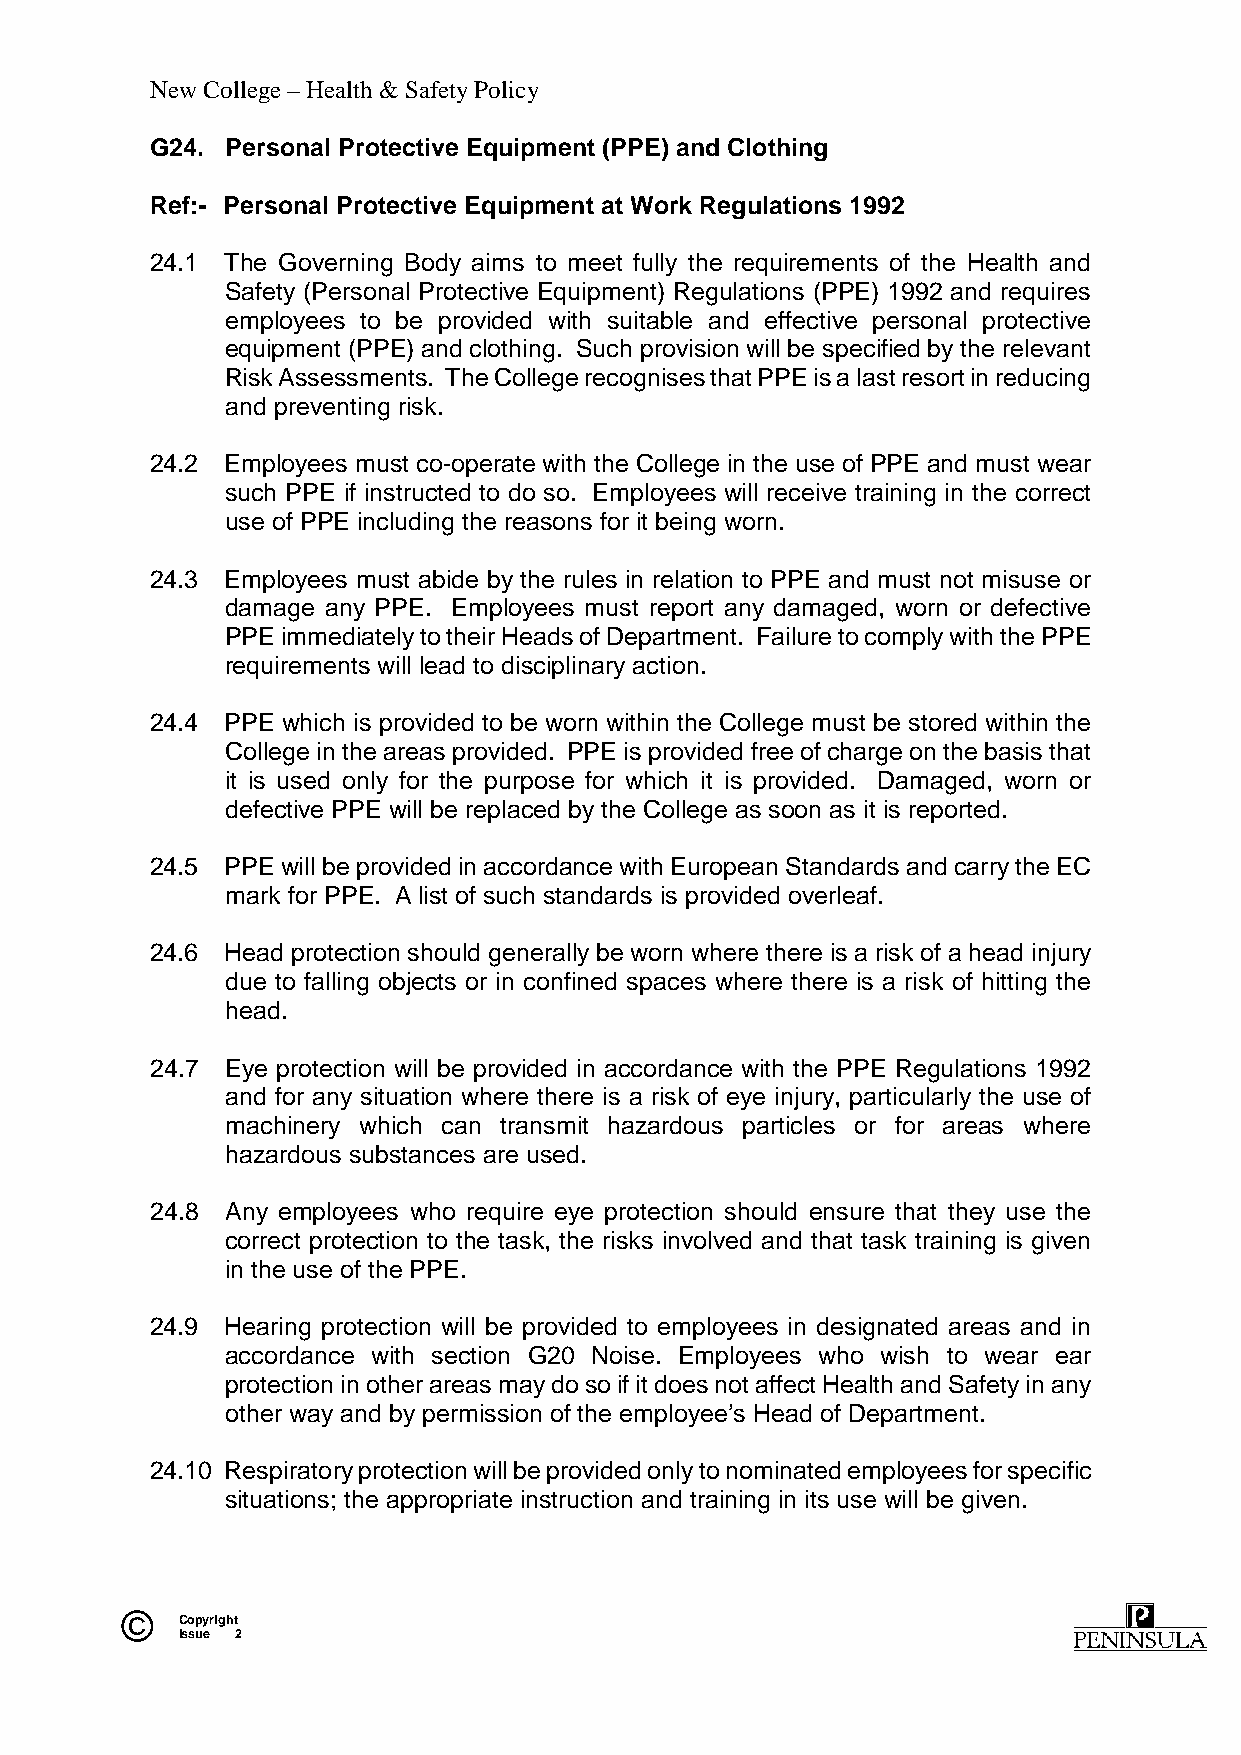
New College – Health & Safety Policy
 G24. Personal Protective Equipment (PPE) and Clothing
 Ref:- Personal Protective Equipment at Work Regulations 1992
 24.1 The Governing Body aims to meet fully the requirements of the Health and
 Safety (Personal Protective Equipment) Regulations (PPE) 1992 and requires
 employees to be provided with suitable and effective personal protective
 equipment (PPE) and clothing. Such provision will be specified by the relevant
 Risk Assessments. The College recognises that PPE is a last resort in reducing
 and preventing risk.
 24.2 Employees must co-operate with the College in the use of PPE and must wear
 such PPE if instructed to do so. Employees will receive training in the correct
 use of PPE including the reasons for it being worn.
 24.3 Employees must abide by the rules in relation to PPE and must not misuse or
 damage any PPE. Employees must report any damaged, worn or defective
 PPE immediately to their Heads of Department. Failure to comply with the PPE
 requirements will lead to disciplinary action.
 24.4 PPE which is provided to be worn within the College must be stored within the
 College in the areas provided. PPE is provided free of charge on the basis that
 it is used only for the purpose for which it is provided. Damaged, worn or
 defective PPE will be replaced by the College as soon as it is reported.
 24.5 PPE will be provided in accordance with European Standards and carry the EC
 mark for PPE. A list of such standards is provided overleaf.
 24.6 Head protection should generally be worn where there is a risk of a head injury
 due to falling objects or in confined spaces where there is a risk of hitting the
 head.
 24.7 Eye protection will be provided in accordance with the PPE Regulations 1992
 and for any situation where there is a risk of eye injury, particularly the use of
 machinery which can transmit hazardous particles or for areas where
 hazardous substances are used.
 24.8 Any employees who require eye protection should ensure that they use the
 correct protection to the task, the risks involved and that task training is given
 in the use of the PPE.
 24.9 Hearing protection will be provided to employees in designated areas and in
 accordance with section G20 Noise. Employees who wish to wear ear
 protection in other areas may do so if it does not affect Health and Safety in any
 other way and by permission of the employee’s Head of Department.
 24.10 Respiratory protection will be provided only to nominated employees for specific
 situations; the appropriate instruction and training in its use will be given.
 ©   Copyright
 Issue 2